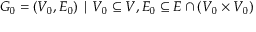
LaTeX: G _ { 0 } = ( V _ { 0 } , E _ { 0 } ) \mid V _ { 0 } \subseteq V , E _ { 0 } \subseteq E \cap ( V _ { 0 } \times V _ { 0 } )